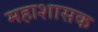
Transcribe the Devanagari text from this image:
महाशासक